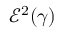
\mathcal { E } ^ { 2 } ( \gamma )